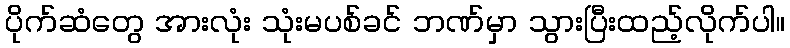
ပိုက်ဆံတွေ အားလုံး သုံးမပစ်ခင် ဘဏ်မှာ သွားပြီးထည့်လိုက်ပါ။